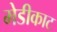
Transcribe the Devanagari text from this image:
मेडीकाट